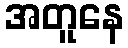
အတူနေ